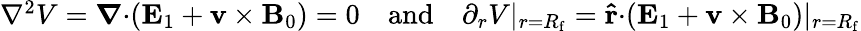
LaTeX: \begin{array}{r}{\nabla^{2}V=\boldsymbol{\nabla}\mathbf{\cdot}(\mathbf{E}_{1}+\mathbf{v}\times\mathbf{B}_{0})=0\quad\mathrm{and}\quad\partial_{r}V\vert_{r=R_{\mathrm{f}}}=\mathbf{\hat{r}}\mathbf{\cdot}(\mathbf{E}_{1}+\mathbf{v}\times\mathbf{B}_{0})\vert_{r=R_{\mathrm{f}}}}\end{array}